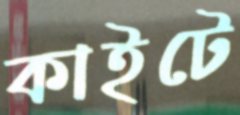
কাইটে